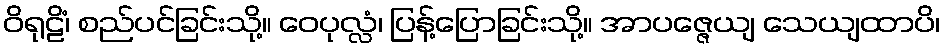
ဝိရုဠိံ၊ စည်ပင်ခြင်းသို့။ ဝေပုလ္လံ၊ ပြန့်ပြောခြင်းသို့။ အာပဇ္ဇေယျ သေယျထာပိ၊